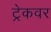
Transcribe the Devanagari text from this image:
ट्रेकवर